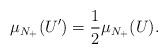
LaTeX: \begin{align*}\mu_{N_+}(U')=\frac12\mu_{N_+}(U).\end{align*}